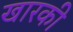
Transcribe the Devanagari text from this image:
खारकी